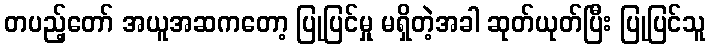
တပည့်တော် အယူအဆကတော့ ပြုပြင်မှု မရှိတဲ့အခါ ဆုတ်ယုတ်ပြီး ပြုပြင်သူ